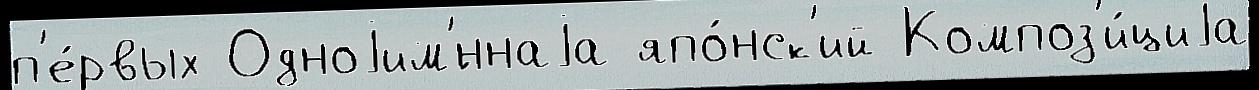
п'е́рвых Одноjим'́ннаjа япо́нск'ий Композ'и́циjа